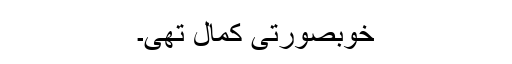
خوبصورتی کمال تھی۔